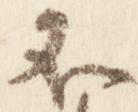
不